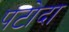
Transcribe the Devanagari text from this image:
पटोदा